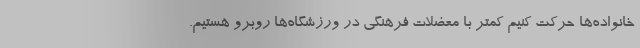
خانواده‌ها حرکت کنیم کمتر با معضلات فرهنگی در ورزشگاه‌ها روبرو هستیم.